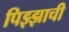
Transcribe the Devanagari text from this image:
पिझ्झाची